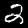
Digit: 2